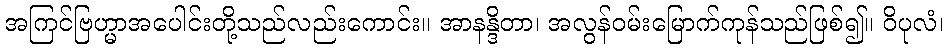
အကြင်ဗြဟ္မာအပေါင်းတို့သည်လည်းကောင်း။ အာနန္ဒိတာ၊ အလွန်ဝမ်းမြောက်ကုန်သည်ဖြစ်၍။ ဝိပုလံ၊